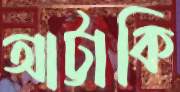
আট্টাকি